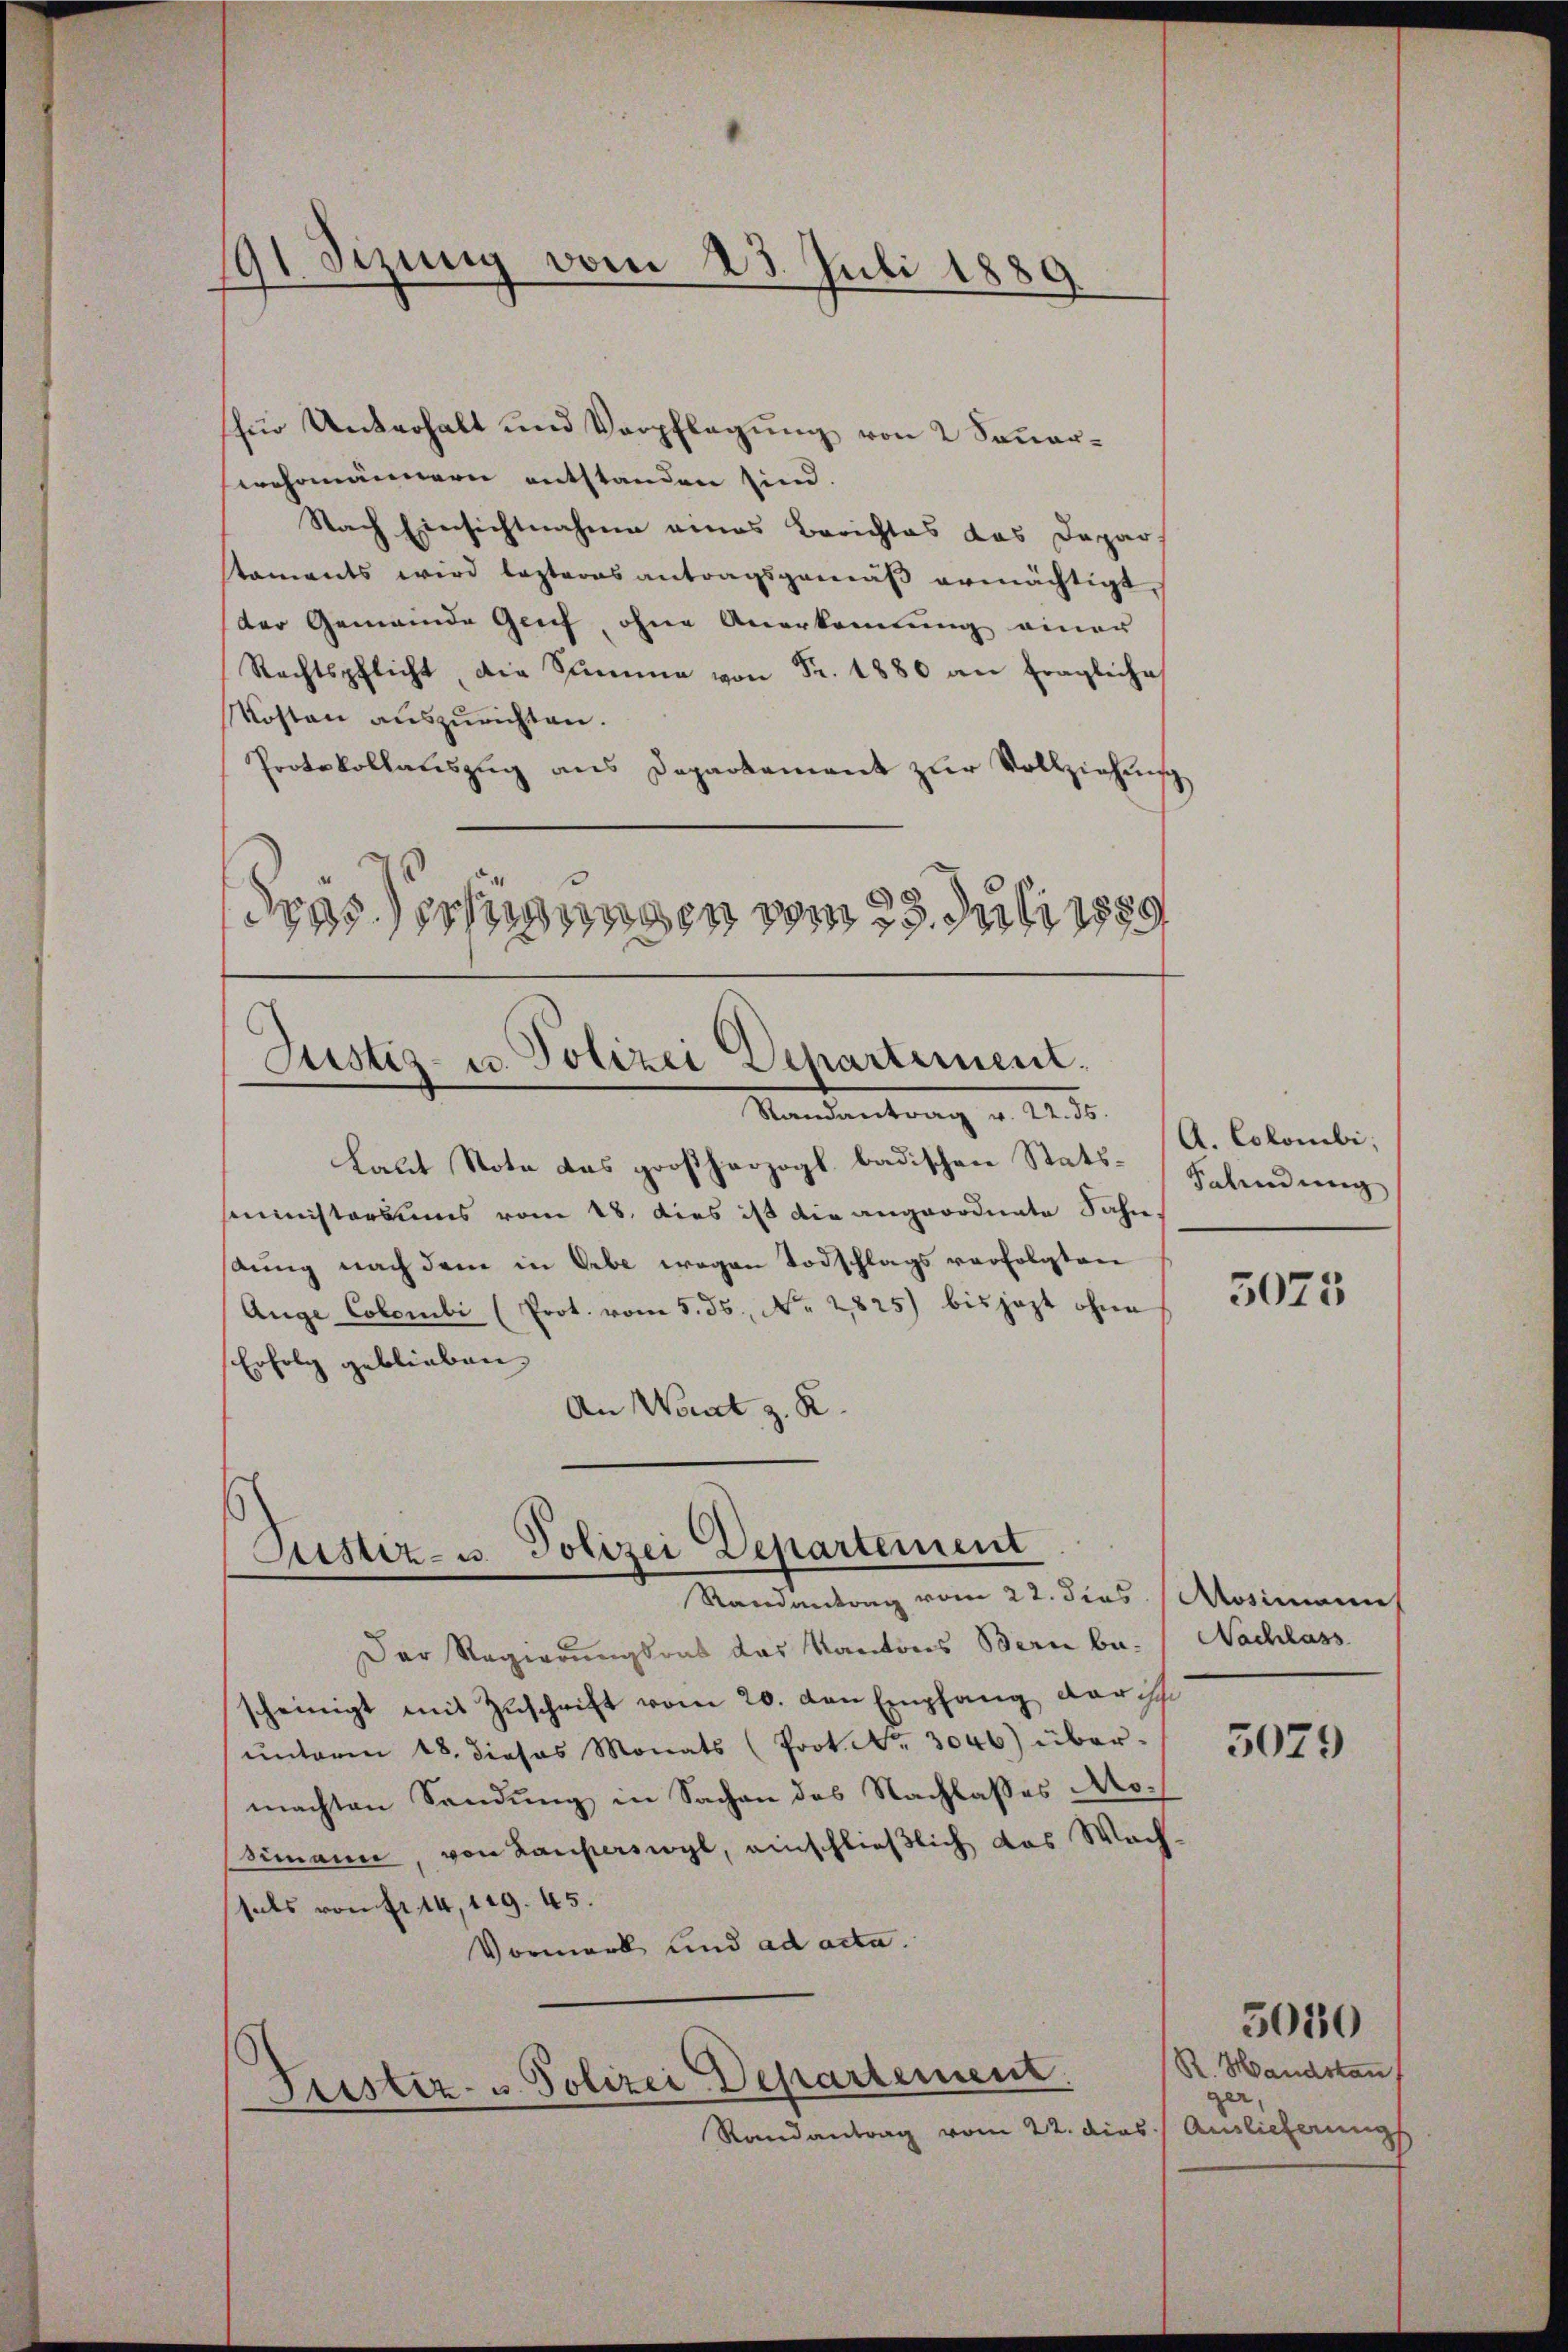
91 Sizung vom 23. Juli 1889

(für Unterhalt und Verpflegung von 2 Sonner-
wohrmännern entstanden sind.
Nach Einsichtnahme eines Berichtes das Depar
taments wird lezteres antragsgemäβ ermächtigt,
der Gemeinde Genf, ohne Anerkennung einer
Rechtspflicht, die Summe von Fr. 1880 an fragliche
Kosten auszurichten.
Protokollaŭszŭg ans Departement zŭr Vollziehung
drossessungen vom 29. Juli 1889

Justiz- u. Polizei Departement.
Mandereitung v. 18. d.

Laut Note das großherzogl. badischen Statssmministoriums vom 18. dies ist die angeordnete Fahndung nach dem in Erbe wegen Todschlags verfolgten
Auge Colombi (Prot. vom 5. ds., No. 2825) bis jezt ohne
Erfolg geblieben,
An Wort z. R.

Justiz- u. Polizei Departement
Randantrag vom 22. dies Aosimannt

Der Regierungsrat das Kantons Bern bescheinigt mit Zŭschrift vom 20. von Empfang darisch
ŭnterm 18. dieses Monats (Prot. No. 3046) über-
machten Sendung in Sachen des Nachlasses Ao.
imann, von Lauperswyl, einschließlich das Wachfals von fr. 14, 129. 45.
Vormark und ad acta.

Guester- u Polizei Departement.

Randantrag vom 22. dies

A. Colombi;
Scheidung

5075

Nachlass

5079

R. Handskan
ger,
.) Anlicherung

5050